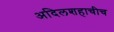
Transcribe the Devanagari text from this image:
अदिलशहाचीच